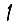
Digit: 1